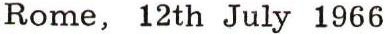
Rome, 12th July 1966